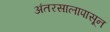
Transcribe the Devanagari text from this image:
अंतरसालापासून